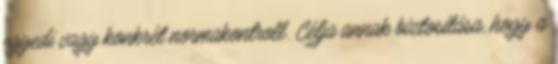
egyedi vagy konkrét normakontroll. Célja annak biztosítása, hogy a